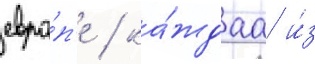
евро́п'е / ка́ждаа и́з